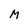
Character: M